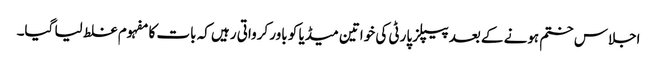
اجلاس ختم ہونے کے بعد پیپلز پارٹی کی خواتین میڈیا کو باور کرواتی رہیں کہ بات کا مفہوم غلط لیا گیا۔